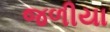
જળીયા